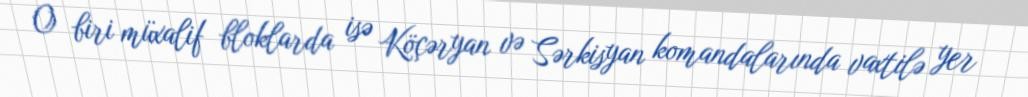
O biri müxalif bloklarda isə Köçəryan və Sərkisyan komandalarında vaxtilə yer